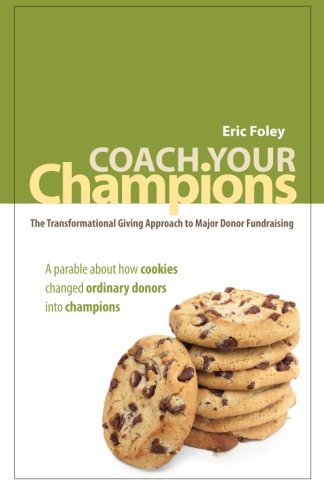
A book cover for Coach Your Champions: The Transformational Giving Approach to Major Donor Fundraising; Eric Foley; Christian Books & Bibles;